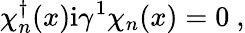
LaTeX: \chi_{n}^{\dagger}(x)\mathrm{i}\gamma^{1}\chi_{n}(x)=0\ ,